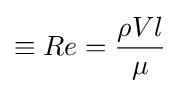
\equiv Re={\dfrac {\rho Vl}{\mu }}